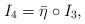
LaTeX: \begin{align*}I_4 = \bar{\eta}\circ I_3,\end{align*}